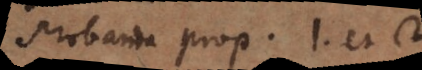
Probanda prop. 1. et 2.